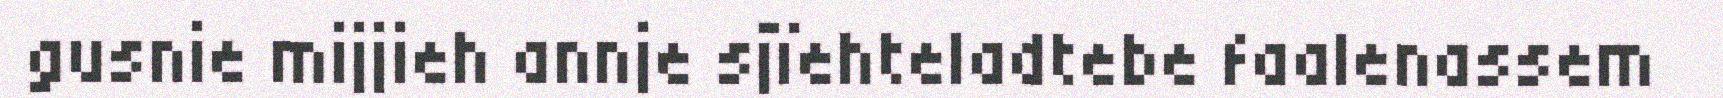
gusnie mijjieh annje sjïehteladtebe faalenassem